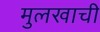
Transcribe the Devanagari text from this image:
मुलखाची